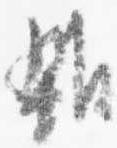
雑